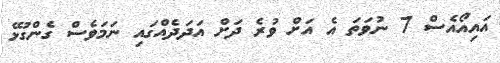
އައިއޯއެސް 7 ނުވަތަ އެ އަށް ވުރެ ދަށް އަދަދެއްގައި ނަމަވެސް ގެންގުޅޭ